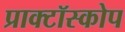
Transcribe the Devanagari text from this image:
प्राक्टॉस्कोप